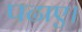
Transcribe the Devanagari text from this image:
पढाए।